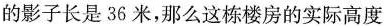
的影子长是36米，那么这栋楼房的实际高度